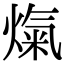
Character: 熂